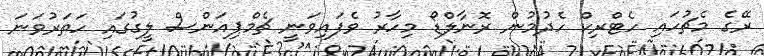
ރޭގެ މެޗުހައި ހެޓްރިކް ހެދުމުން ރޮނާލްޑޯ މިހާރު ވެފައިވަނީ ޗެމްޕިއަންސް ލީގުގައި ހަތަރުވަނަ